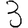
Digit: 3